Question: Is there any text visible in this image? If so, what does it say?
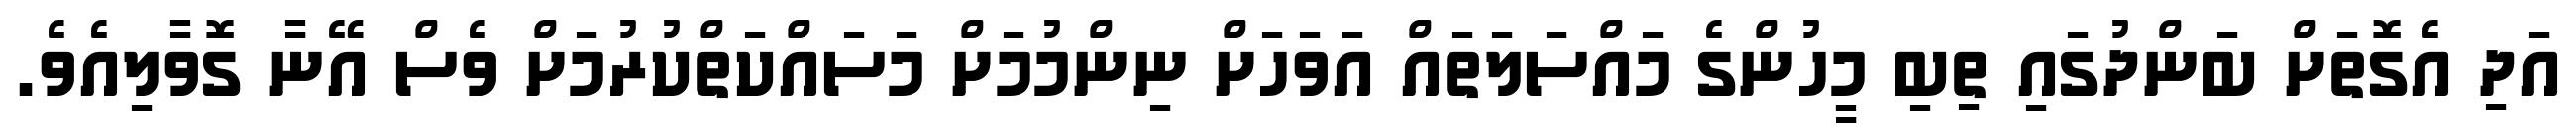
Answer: އަދި އެގޮތަށް ބަންދުގައި ތިބި މީހުންގެ މައްސަލަތައް އަވަހަށް ނިންމުމަށް މަސައްކަތްކުރުމަށް ވެސް އޭނާ ގޮވާލިއެވެ.